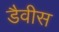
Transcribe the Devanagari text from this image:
डैवीस